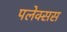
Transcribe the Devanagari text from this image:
पलेक्सस